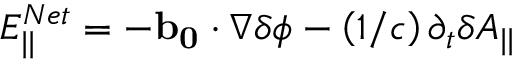
E _ { | | } ^ { N e t } = - \mathbf { b _ { 0 } } \cdot \nabla \delta \phi - \left( 1 / c \right) \partial _ { t } \delta A _ { | | }